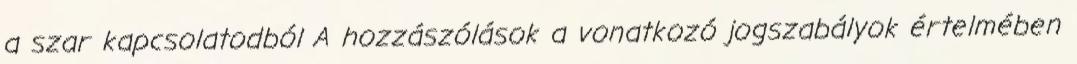
a szar kapcsolatodból A hozzászólások a vonatkozó jogszabályok értelmében